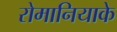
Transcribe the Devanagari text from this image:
रोमानियाके